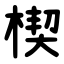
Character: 楔